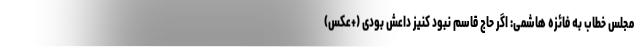
مجلس خطاب به فائزه هاشمی: اگر حاج قاسم نبود کنیز داعش بودی (+عکس)